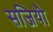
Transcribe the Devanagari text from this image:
सजियौ